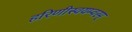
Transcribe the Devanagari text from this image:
हरिणीस्वयम्वरम्